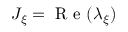
J _ { \xi } = \mathrm { ~ R ~ e ~ } ( \lambda _ { \xi } )